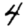
Digit: 4